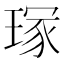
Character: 𭹣